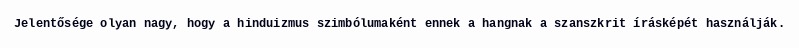
Jelentősége olyan nagy, hogy a hinduizmus szimbólumaként ennek a hangnak a szanszkrit írásképét használják.